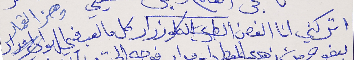
اتركني انا الغصن الطري الكلو زرار      كل ما لعب فيي الهوا وهز القمار